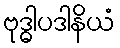
ဗုဒ္ဓါပဒါနိယံ